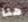
هنا